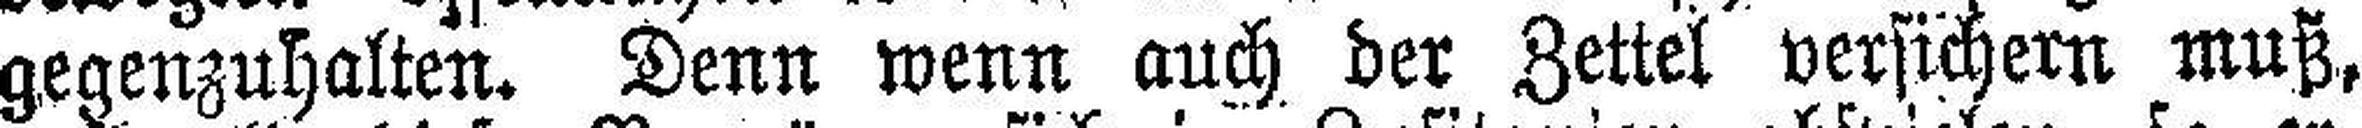
gegenzuhalten. Denn wenn auch der Zettel versichern muß,